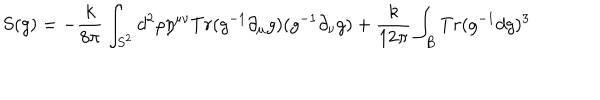
LaTeX: S ( g ) = - { \frac { k } { 8 \pi } } \int _ { S ^ { 2 } } d ^ { 2 } \rho \eta ^ { \mu \nu } T r ( g ^ { - 1 } \partial _ { \mu } g ) ( g ^ { - 1 } \partial _ { \nu } g ) + { \frac { k } { 1 2 \pi } } \int _ { B } T r ( g ^ { - 1 } d g ) ^ { 3 }